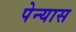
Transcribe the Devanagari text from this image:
पेन्यास